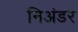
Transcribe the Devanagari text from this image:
निअंडर